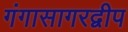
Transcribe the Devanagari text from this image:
गंगासागरद्वीप